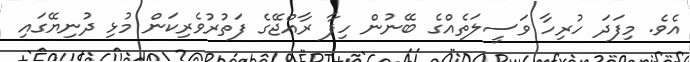
އެވެ. މިފަދަ ހުރިހާ ވަސީލަތެއްގެ ބޭނުން ހިފާ ރާއްޖޭގެ ފަތުރުވެރިކަން މުޅި ދުނިޔޭގައި